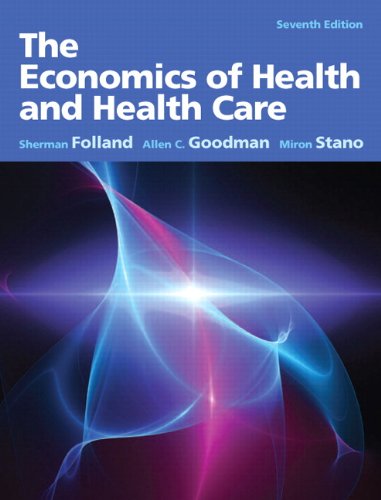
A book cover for The Economics of Health and Health Care (7th Edition); Sherman Folland; Medical Books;